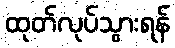
ထုတ်လုပ်သွားရန်